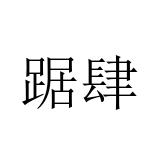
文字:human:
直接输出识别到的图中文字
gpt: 踞肆